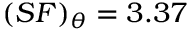
( S F ) _ { \theta } = 3 . 3 7 \